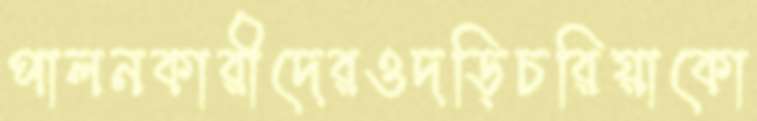
পালনকারীদেরওদড়িচরিয়াকো